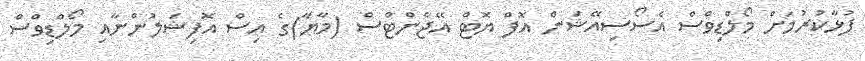
ފުޅާކުރުމަށް މޯލްޑިވްސް އެސޯސިއޭޝަން އޮފް ޔޮޓް އޭޖެންޓްސް (މާޔާ)ގެ އިސް އޮފިޝަލުންނާއި މޯލްޑިވްސް